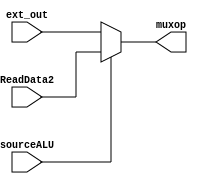
`timescale 1ns / 1ps

module muxforalu(
    input [7:0] ReadData2,
    input [7:0] ext_out,
    input sourceALU,
    output reg [7:0] muxop
);

  always @ (*)
   muxop = (sourceALU == 1) ? ReadData2 : ext_out;
   
  always @*
        $display("%b from muxfroalu",muxop);

   
endmodule